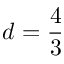
d = \frac 4 3